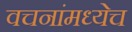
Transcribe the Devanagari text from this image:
वचनांमध्येच